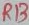
Text: R13